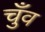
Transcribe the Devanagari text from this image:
चुँव